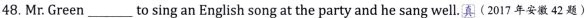
48.Mr.Green ___ to sing an English song at the party and he sang well.真 (2017年安擞42题)